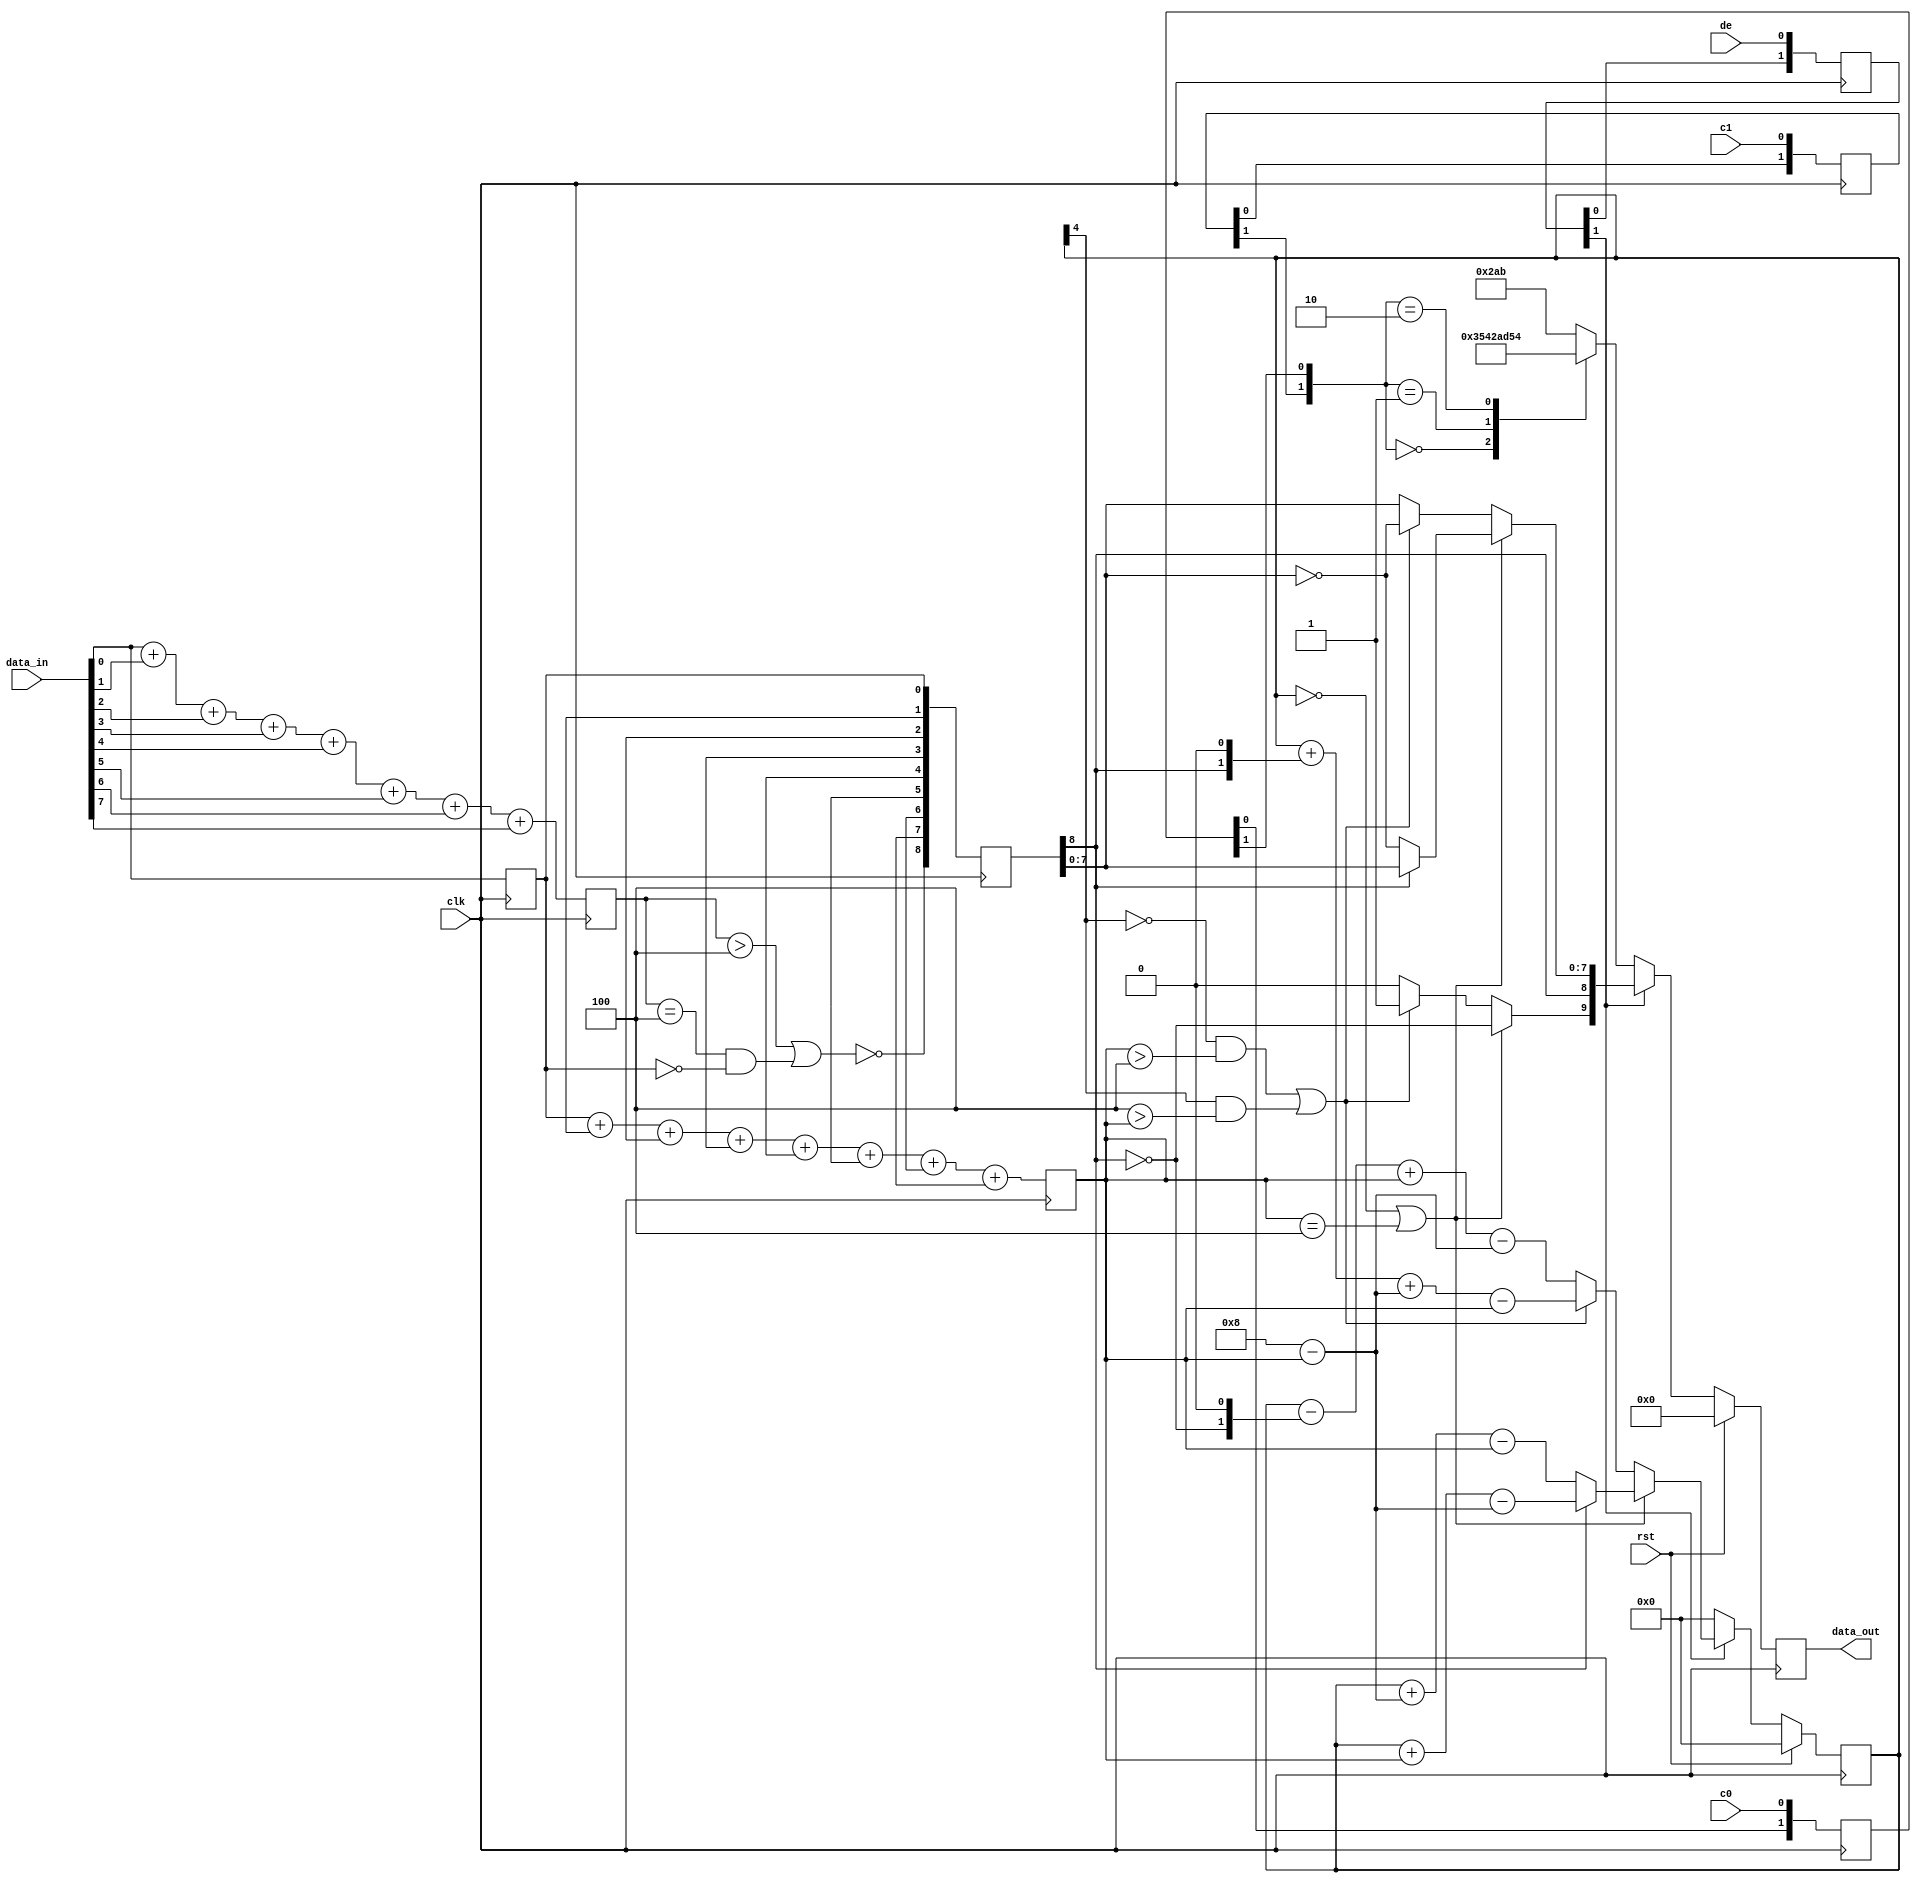
module tmds_encoder_24 (
         input clk,
         input rst,
         input [7:0] data_in,
         input c0,
         input c1,
         input de,
         output reg [9:0] data_out
       );



reg [9:0] M_dout_d, M_dout_q = 1'h0;
reg [4:0] M_count_d, M_count_q = 1'h0;
reg [3:0] M_num_ones_d, M_num_ones_q = 1'h0;
reg [7:0] M_din_d, M_din_q = 1'h0;
reg [3:0] M_num_ones9_d, M_num_ones9_q = 1'h0;
reg [1:0] M_c0_pipe_d, M_c0_pipe_q = 1'h0;
reg [1:0] M_c1_pipe_d, M_c1_pipe_q = 1'h0;
reg [1:0] M_de_pipe_d, M_de_pipe_q = 1'h0;
reg [8:0] M_data9_pipe_d, M_data9_pipe_q = 1'h0;

reg xor_flag;

reg [8:0] data9;

integer i;

reg cond_flip;

reg flip;

always @* begin
  M_c1_pipe_d = M_c1_pipe_q;
  M_din_d = M_din_q;
  M_count_d = M_count_q;
  M_data9_pipe_d = M_data9_pipe_q;
  M_num_ones9_d = M_num_ones9_q;
  M_de_pipe_d = M_de_pipe_q;
  M_num_ones_d = M_num_ones_q;
  M_dout_d = M_dout_q;
  M_c0_pipe_d = M_c0_pipe_q;

  data_out = M_dout_q;
  M_c0_pipe_d = {M_c0_pipe_q[0+0-:1], c0};
  M_c1_pipe_d = {M_c1_pipe_q[0+0-:1], c1};
  M_de_pipe_d = {M_de_pipe_q[0+0-:1], de};
  M_num_ones_d = data_in[0+0-:1] + data_in[1+0-:1] + data_in[2+0-:1] + data_in[3+0-:1] + data_in[4+0-:1] + data_in[5+0-:1] + data_in[6+0-:1] + data_in[7+0-:1];
  M_din_d = data_in;
  xor_flag = (M_num_ones_q > 3'h4) || (M_num_ones_q == 3'h4 && M_din_q[0+0-:1] == 1'h0);
  data9[0+0-:1] = M_din_q[0+0-:1];
  for (i = 1'h1; i < 4'h8; i = i + 1) begin
    data9[(i)*1+0-:1] = xor_flag ? data9[(i - 1'h1)*1+0-:1] ~^ M_din_q[(i)*1+0-:1] : data9[(i - 1'h1)*1+0-:1] ^ M_din_q[(i)*1+0-:1];
  end
  data9[8+0-:1] = ~xor_flag;
  M_num_ones9_d = data9[0+0-:1] + data9[1+0-:1] + data9[2+0-:1] + data9[3+0-:1] + data9[4+0-:1] + data9[5+0-:1] + data9[6+0-:1] + data9[7+0-:1];
  M_data9_pipe_d = data9;
  cond_flip = M_count_q == 1'h0 || M_num_ones9_q == 3'h4;
  flip = ((~M_count_q[4+0-:1]) && (M_num_ones9_q > 3'h4)) || (M_count_q[4+0-:1] && (3'h4 > M_num_ones9_q));
  if (M_de_pipe_q[1+0-:1]) begin
    if (cond_flip) begin
      M_dout_d[9+0-:1] = ~M_data9_pipe_q[8+0-:1];
      M_dout_d[8+0-:1] = M_data9_pipe_q[8+0-:1];
      M_dout_d[0+7-:8] = M_data9_pipe_q[8+0-:1] ? M_data9_pipe_q[0+7-:8] : ~M_data9_pipe_q[0+7-:8];
      M_count_d = (~M_data9_pipe_q[8+0-:1]) ? (M_count_q + (4'h8 - M_num_ones9_q) - M_num_ones9_q) : (M_count_q + M_num_ones9_q - (4'h8 - M_num_ones9_q));
    end else begin
      if (flip) begin
        M_dout_d[9+0-:1] = 1'h1;
        M_dout_d[8+0-:1] = M_data9_pipe_q[8+0-:1];
        M_dout_d[0+7-:8] = ~M_data9_pipe_q[0+7-:8];
        M_count_d = M_count_q + {M_data9_pipe_q[8+0-:1], 1'h0} + (4'h8 - M_num_ones9_q) - M_num_ones9_q;
      end else begin
        M_dout_d[9+0-:1] = 1'h0;
        M_dout_d[0+8-:9] = M_data9_pipe_q[0+8-:9];
        M_count_d = M_count_q - {~M_data9_pipe_q[8+0-:1], 1'h0} + M_num_ones9_q - (4'h8 - M_num_ones9_q);
      end
    end
  end else begin

    case ({M_c1_pipe_q[1+0-:1], M_c0_pipe_q[1+0-:1]})
      2'h0: begin
        M_dout_d = 10'h354;
      end
      2'h1: begin
        M_dout_d = 10'h0ab;
      end
      2'h2: begin
        M_dout_d = 10'h154;
      end
      default: begin
        M_dout_d = 10'h2ab;
      end
    endcase
    M_count_d = 1'h0;
  end
end

always @(posedge clk) begin
  M_num_ones_q <= M_num_ones_d;
  M_din_q <= M_din_d;
  M_num_ones9_q <= M_num_ones9_d;
  M_c0_pipe_q <= M_c0_pipe_d;
  M_c1_pipe_q <= M_c1_pipe_d;
  M_de_pipe_q <= M_de_pipe_d;
  M_data9_pipe_q <= M_data9_pipe_d;

  if (rst == 1'b1) begin
    M_dout_q <= 1'h0;
    M_count_q <= 1'h0;
  end else begin
    M_dout_q <= M_dout_d;
    M_count_q <= M_count_d;
  end
end

endmodule